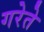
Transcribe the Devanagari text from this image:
गरेते